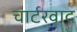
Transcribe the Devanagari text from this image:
चार्टरवाद